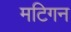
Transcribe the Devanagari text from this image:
मटिगन